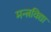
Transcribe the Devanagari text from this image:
मन्त्रविद्या